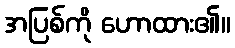
အပြစ်ကို ဟောထား၏။